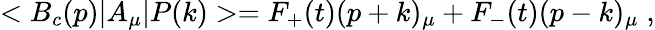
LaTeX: <B_{c}(p)|A_{\mu}|P(k)>=F_{+}(t)(p+k)_{\mu}+F_{-}(t)(p-k)_{\mu}\; ,